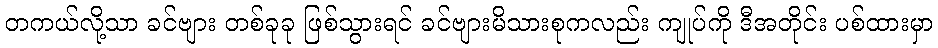
တကယ်လို့သာ ခင်ဗျား တစ်ခုခု ဖြစ်သွားရင် ခင်ဗျားမိသားစုကလည်း ကျုပ်ကို ဒီအတိုင်း ပစ်ထားမှာ